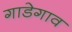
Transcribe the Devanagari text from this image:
गाडेगाव